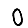
Digit: 0